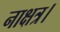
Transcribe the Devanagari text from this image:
नाक्षत्र।